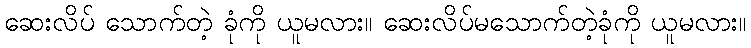
ဆေးလိပ် သောက်တဲ့ ခုံကို ယူမလား။ ဆေးလိပ်မသောက်တဲ့ခုံကို ယူမလား။